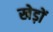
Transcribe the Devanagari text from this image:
खेड़ों